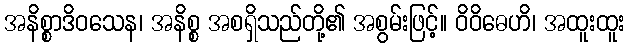
အနိစ္စာဒိဝသေန၊ အနိစ္စ အစရှိသည်တို့၏ အစွမ်းဖြင့်။ ဝိဝိဓေဟိ၊ အထူးထူး